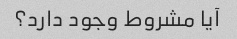
آیا مشروط وجود دارد؟